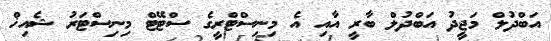
އަބްދުލް މަޖީދު އަބްދުލް ބާރީ އާއި އެ މިނިސްޓްރީގެ ސްޓޭޓް މިނިސްޓަރު ޝެއިޚް